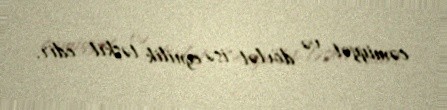
cəmiyyət və dövlət isə eynilik təşkil edir.